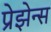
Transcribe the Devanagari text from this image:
प्रेझेन्स